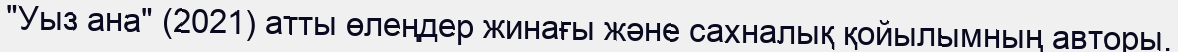
"Уыз ана" (2021) атты өлеңдер жинағы және сахналық қойылымның авторы.